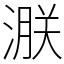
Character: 㴨